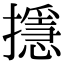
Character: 𢷍